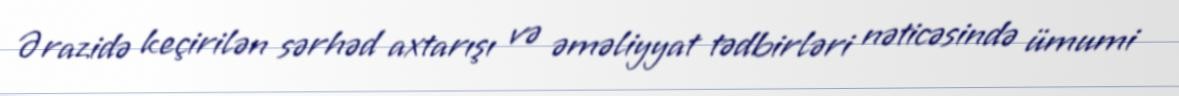
Ərazidə keçirilən sərhəd axtarışı və əməliyyat tədbirləri nəticəsində ümumi